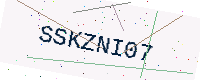
Text: SSKZNI07